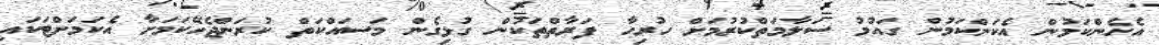
އެހެންކަމުން އެެކަންކަމުން ގައުމު ސަލާމަތްކުރުމަށް ހުރިހާ ފަރާތްތަކުން ގުޅިގެން މަސައްކަތް ކުރަންޖެހޭކަމަށާ އެކަމަށްޓަކައި